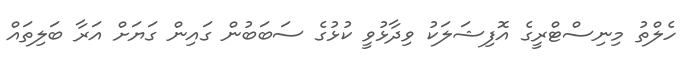
ހެލްތު މިނިސްޓްރީގެ އޮފިޝަލަކު ވިދާޅުވީ ކުޅުގެ ސަބަބުން ގައިން ގަޔަށް އަރާ ބަލިތައް